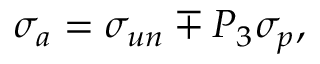
\sigma _ { a } = \sigma _ { u n } \mp P _ { 3 } \sigma _ { p } ,